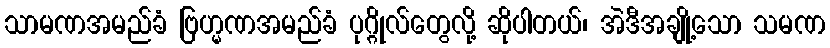
သာမဏအမည်ခံ ဗြဟ္မဏအမည်ခံ ပုဂ္ဂိုလ်တွေလို့ ဆိုပါတယ်၊ အဲဒီအချို့သော သမဏ